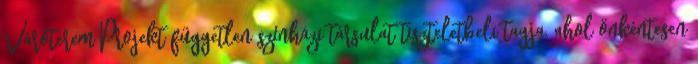
Váróterem Projekt független színházi társulat tiszteletbeli tagja, ahol önkéntesen